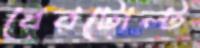
বেরটোল্ট